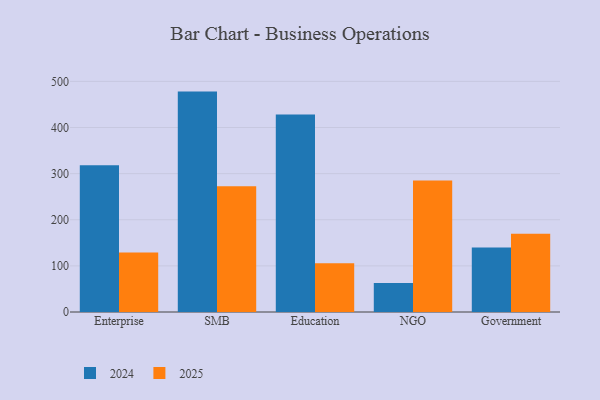
{"axis": {"x": "Segment", "y": "Energy Usage (MWh)"}, "legend": ["2024", "2025"], "data": [{"x": "Enterprise", "y": 128.8, "type": "2025"}, {"x": "Enterprise", "y": 318.0, "type": "2024"}, {"x": "SMB", "y": 272.7, "type": "2025"}, {"x": "SMB", "y": 477.8, "type": "2024"}, {"x": "Education", "y": 105.8, "type": "2025"}, {"x": "Education", "y": 428.3, "type": "2024"}, {"x": "NGO", "y": 285.1, "type": "2025"}, {"x": "NGO", "y": 63.0, "type": "2024"}, {"x": "Government", "y": 169.4, "type": "2025"}, {"x": "Government", "y": 139.8, "type": "2024"}]}